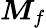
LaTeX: \boldsymbol{M}_{f}